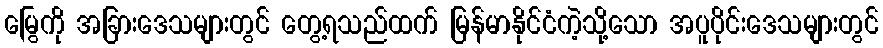
မြွေကို အခြားဒေသများတွင် တွေ့ရသည်ထက် မြန်မာနိုင်ငံကဲ့သို့သော အပူပိုင်းဒေသများတွင်